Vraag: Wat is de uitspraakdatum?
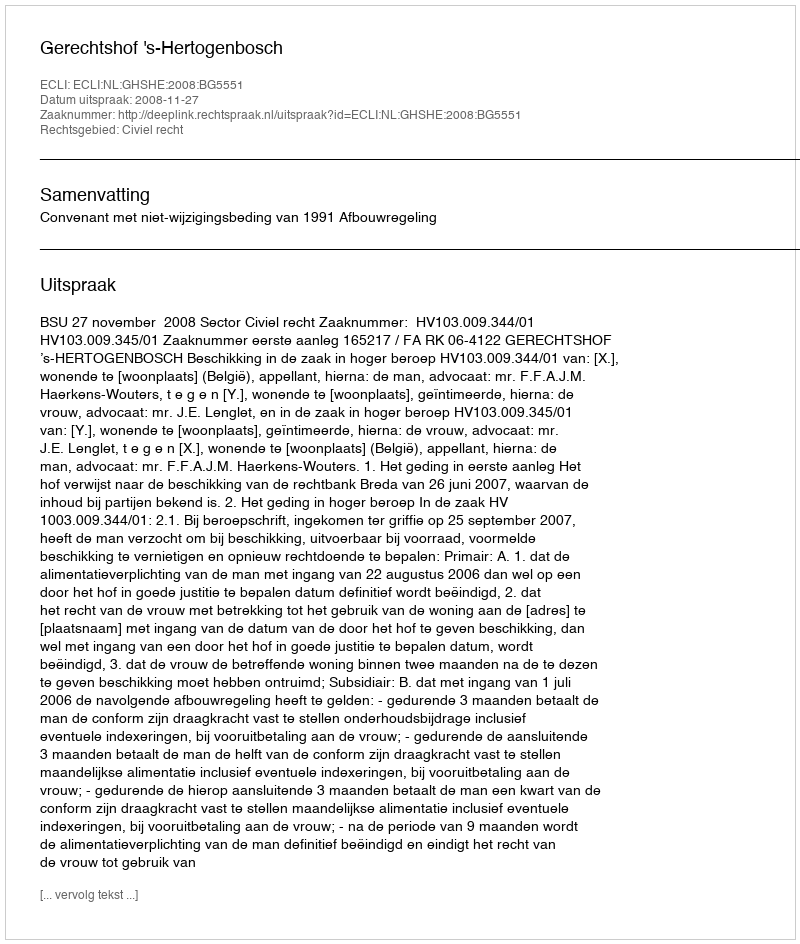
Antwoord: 2008-11-27